Annual administration report of the Civil Veterinary Department, Sind - 1945-1946
Year: 1945
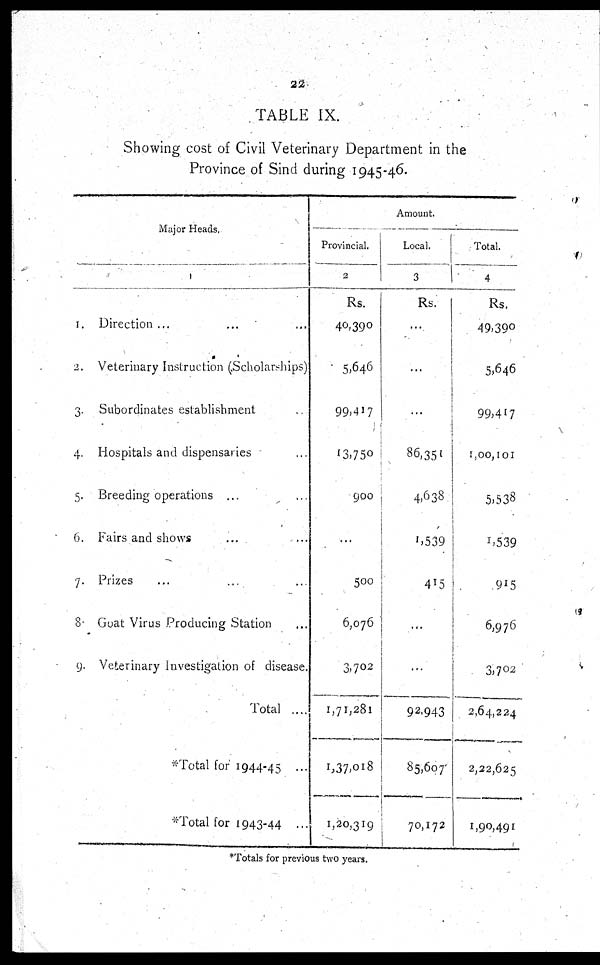
22
TABLE IX.
Showing cost of Civil Veterinary Department in the
Province of Sind during 1945-46.
Major Heads.
1
1.
2.
3.
4.
5.
6.
7.
8.
9.
Direction ... ... ...
Veterinary Instruction (Scholarships)
Subordinates establishment ..
Hospitals and dispensaries ...
Breeding operations ... ...
Fairs and shows ... ... ...
Prizes ... ... ...
Goat Virus Producing Station ...
Veterinary Investigation of disease.
Total ....
*Total for 1944-45 ...
*Total for 1943-44 ...
Amount.
Provincial.
2
Rs.
40,390
5,646
99,417
13,750
900
...
500
6,076
3,702
1,71,281
1,37,018
1,20,319
Local.
3
Rs.
...
...
...
86,351
4,638
1,539
415
...
...
92,943
85,607
70,172
Total.
4
Rs.
49,390
5,646
99,417
1,00,101
5,538
1,539
915
6,976
3,702
2,64,224
2,22,625
1,90,491
*Totals for previous two years.